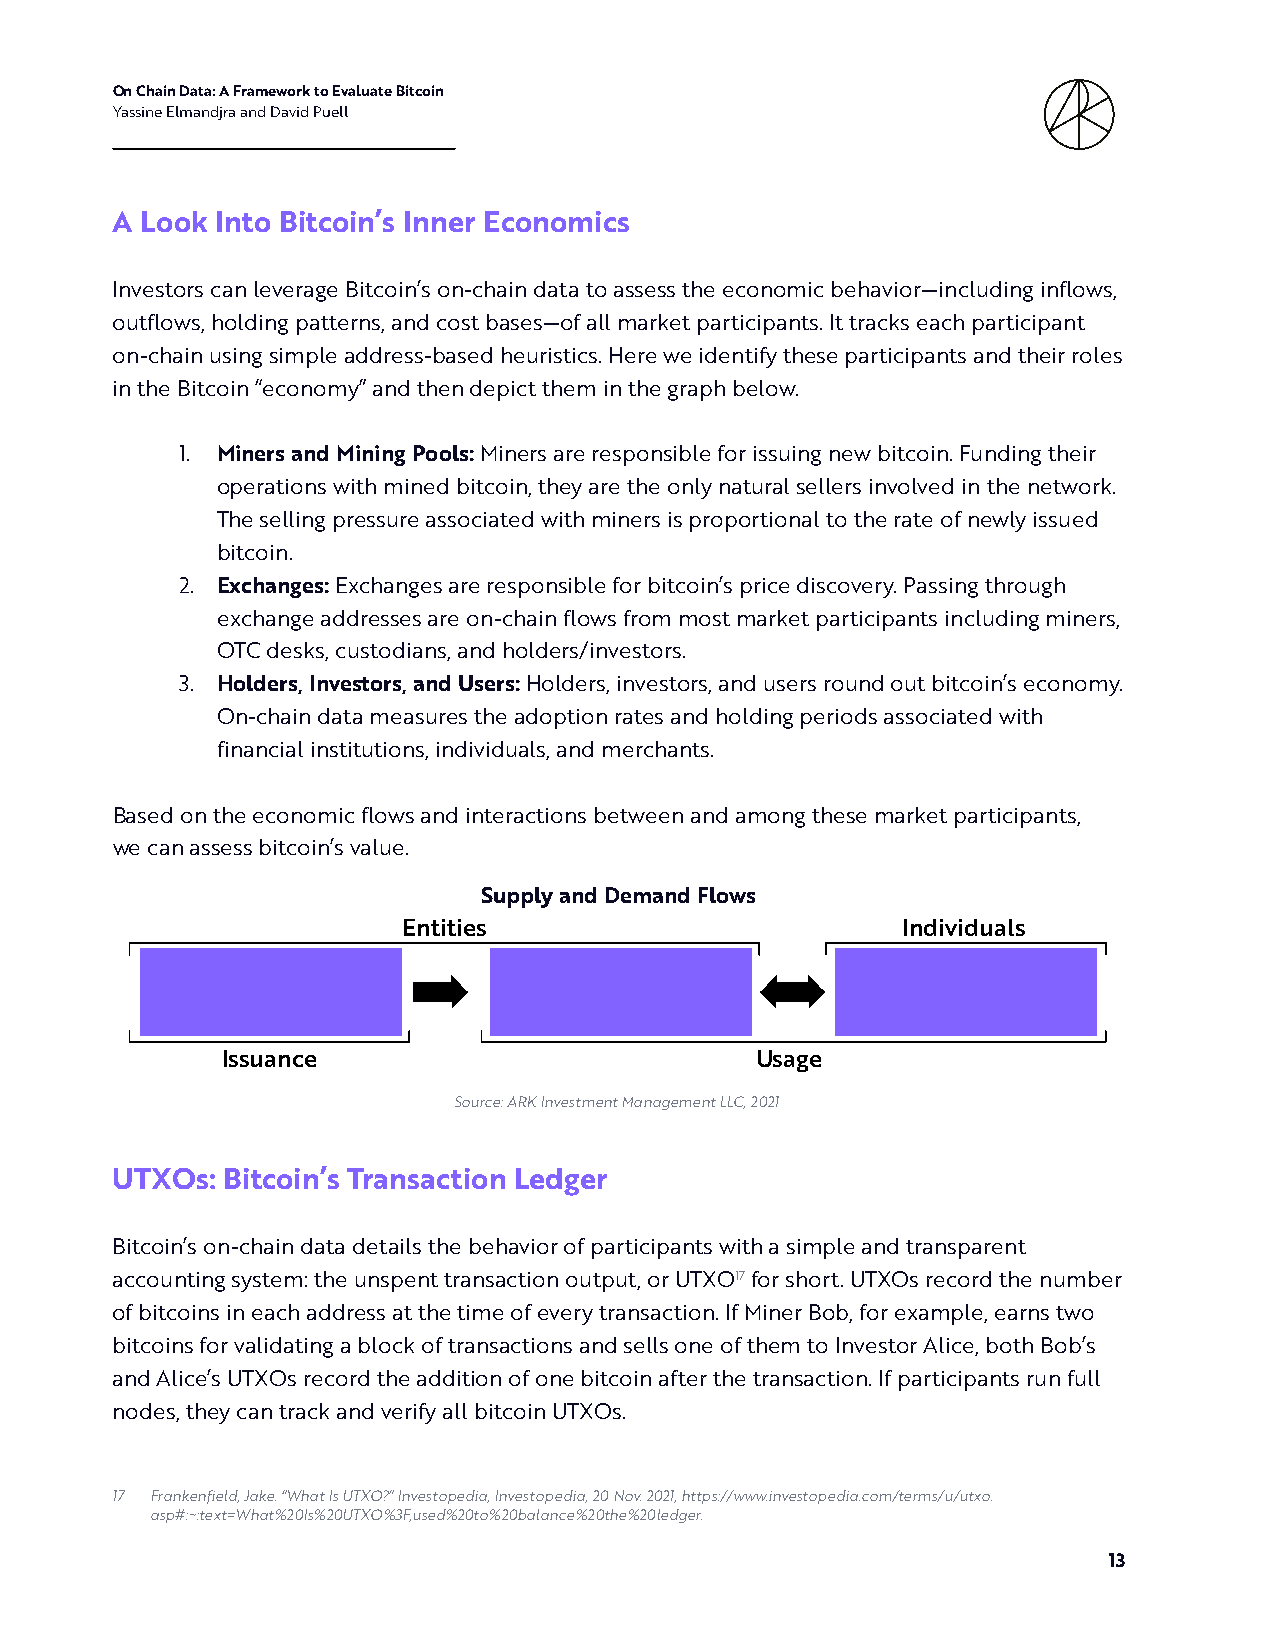
On Chain Data: A Framework to Evaluate Bitcoin
 Yassine Elmandjra and David Puell
 A Look Into Bitcoin’s Inner Economics
 Investors can leverage Bitcoin’s on-chain data to assess the economic behavior—including inflows,
 outflows, holding patterns, and cost bases—of all market participants. It tracks each participant
 on-chain using simple address-based heuristics. Here we identify these participants and their roles
 in the Bitcoin “economy” and then depict them in the graph below.
 1. Miners and Mining Pools: Miners are responsible for issuing new bitcoin. Funding their
 operations with mined bitcoin, they are the only natural sellers involved in the network.
 The selling pressure associated with miners is proportional to the rate of newly issued
 bitcoin.
 2. Exchanges: Exchanges are responsible for bitcoin’s price discovery. Passing through
 exchange addresses are on-chain flows from most market participants including miners,
 OTC desks, custodians, and holders/investors.
 3. Holders, Investors, and Users: Holders, investors, and users round out bitcoin’s economy.
 On-chain data measures the adoption rates and holding periods associated with
 financial institutions, individuals, and merchants.
 Based on the economic flows and interactions between and among these market participants,
 we can assess bitcoin’s value.
 Supply and Demand Flows
 Entities                         Individuals
 Issuance                           Usage
 Source: ARK Investment Management LLC, 2021
 UTXOs:  Bitcoin’s Transaction Ledger
 Bitcoin’s on-chain data details the behavior of participants with a simple and transparent
 accounting system: the unspent transaction output, or UTXO17 for short. UTXOs record the number
 of bitcoins in each address at the time of every transaction. If Miner Bob, for example, earns two
 bitcoins for validating a block of transactions and sells one of them to Investor Alice, both Bob’s
 and Alice’s UTXOs record the addition of one bitcoin after the transaction. If participants run full
 nodes, they can track and verify all bitcoin UTXOs.
 17 Frankenfield, Jake. “What Is UTXO?” Investopedia, Investopedia, 20 Nov. 2021, https://www.investopedia.com/terms/u/utxo.
 asp#:~:text=What%20Is%20UTXO%3F,used%20to%20balance%20the%20ledger.
 13